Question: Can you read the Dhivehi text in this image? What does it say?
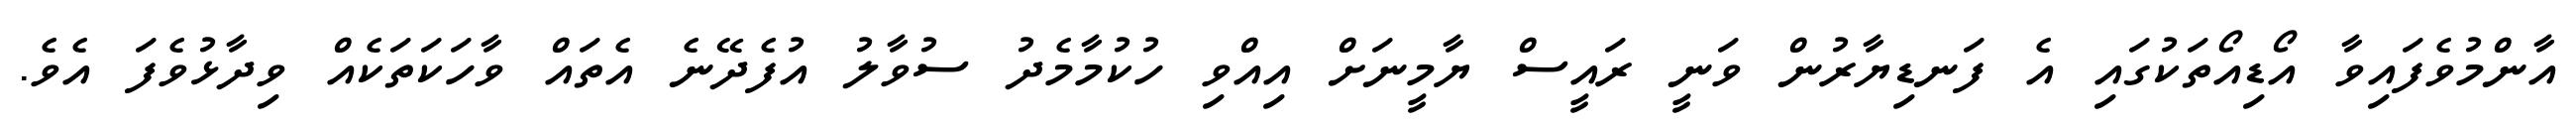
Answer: އާންމުވެފައިވާ އޯޑިއޯތަކުގައި އެ ފަނޑިޔާރުން ވަނީ ރައީސް ޔާމީނަށް އިއްވި ހުކުމާމެދު ސުވާލު އުފެދޭނެ އެތައް ވާހަކަތަކެއް ވިދާޅުވެފަ އެވެ.